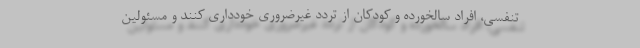
تنفسی، افراد سالخورده و کودکان از تردد غیرضروری خودداری کنند و مسئولین